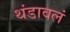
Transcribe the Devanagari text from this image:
थंडावलं